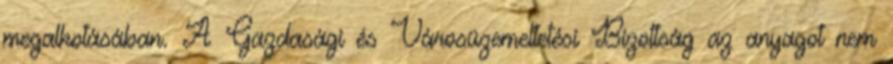
megalkotásában. A Gazdasági és Városüzemeltetési Bizottság az anyagot nem